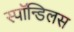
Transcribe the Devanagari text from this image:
स्पॉन्डिलस